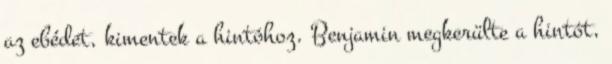
az ebédet, kimentek a hintóhoz. Benjamin megkerülte a hintót,